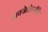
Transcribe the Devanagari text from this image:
आक्जेलोएसीटेट